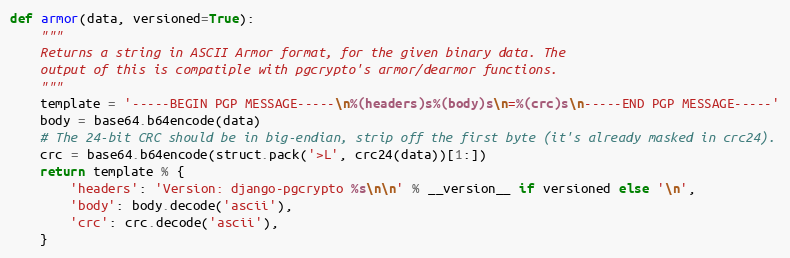
Language: Python
def armor(data, versioned=True):
    """
    Returns a string in ASCII Armor format, for the given binary data. The
    output of this is compatiple with pgcrypto's armor/dearmor functions.
    """
    template = '-----BEGIN PGP MESSAGE-----\n%(headers)s%(body)s\n=%(crc)s\n-----END PGP MESSAGE-----'
    body = base64.b64encode(data)
    # The 24-bit CRC should be in big-endian, strip off the first byte (it's already masked in crc24).
    crc = base64.b64encode(struct.pack('>L', crc24(data))[1:])
    return template % {
        'headers': 'Version: django-pgcrypto %s\n\n' % __version__ if versioned else '\n',
        'body': body.decode('ascii'),
        'crc': crc.decode('ascii'),
    }